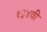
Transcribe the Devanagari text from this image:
१३४वी